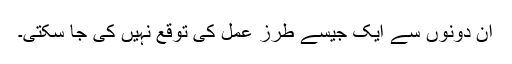
ان دونوں سے ایک جیسے طرز عمل کی توقع نہیں کی جا سکتی۔